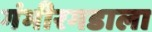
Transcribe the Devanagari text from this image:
गंभीरगडाला